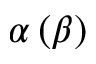
\alpha \left( \beta \right)